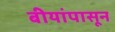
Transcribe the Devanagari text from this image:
बीयांपासून